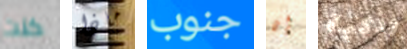
كنت ماذا جنوب إن وذكية